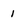
Character: 1